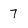
Character: 7